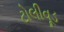
ટોલીવૂડ